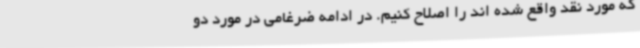
که مورد نقد واقع شده اند را اصلاح کنیم. در ادامه ضرغامی در مورد دو